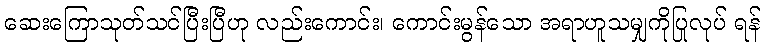
ဆေးကြောသုတ်သင်ပြီးပြီဟု လည်းကောင်း၊ ကောင်းမွန်သော အရာဟူသမျှကိုပြုလုပ် ရန်